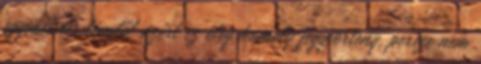
egyméteres lénytől azért ez elég komoly fegyvertény, persze nem